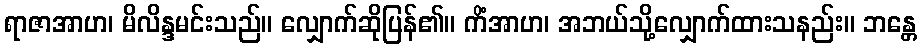
ရာဇာအာဟ၊ မိလိန္ဒမင်းသည်။ လျှောက်ဆိုပြန်၏။ ကိံအာဟ၊ အဘယ်သို့လျှောက်ထားသနည်း။ ဘန္တေ